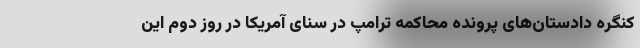
کنگره دادستان‌های پرونده محاکمه ترامپ در سنای آمریکا در روز دوم این